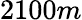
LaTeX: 2100m